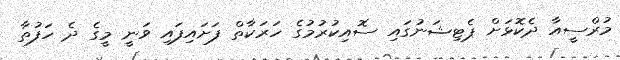
މުރްސީއާ ދެކޮޅަށް ޕެޓިޝަނުގައި ސޮއިކުރުމުގެ ހަރަކާތް ފަށައިފައި ވަނީ މީގެ ދެ ހަފުތާ